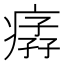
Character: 𤸦